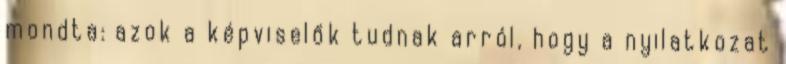
mondta: azok a képviselők tudnak arról, hogy a nyilatkozat